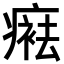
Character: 𤹒